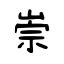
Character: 崇